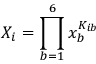
X _ { i } = \prod _ { b = 1 } ^ { 6 } x _ { b } ^ { K _ { i b } }